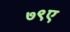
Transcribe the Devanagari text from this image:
७९ए